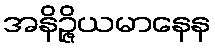
အနိဉ္ဇိယမာနေန